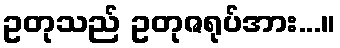
ဥတုသည် ဥတုဇရုပ်အား...။